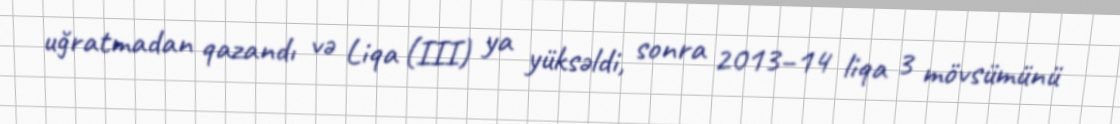
uğratmadan qazandı və Liqa (III) ya yüksəldi, sonra 2013–14 liqa 3 mövsümünü